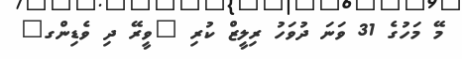
މޭ މަހުގެ 31 ވަނަ ދުވަހު ރިލީޒް ކުރި "ވީރޭ ދި ވެޑިންގ"